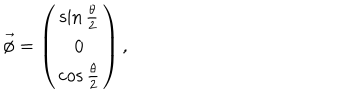
LaTeX: \vec { \phi } = \left( \begin{array} { c } { { \sin \frac { \theta } { 2 } } } \\ { { 0 } } \\ { { \cos \frac { \theta } { 2 } } } \\ \end{array} \right) ,